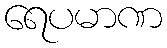
ရေပမာဏ